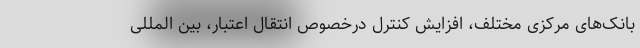
بانک‌های مرکزی مختلف، افزایش کنترل درخصوص انتقال اعتبار، بین المللی